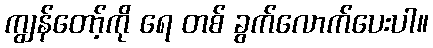
ကျွန်တော့်ကို ရေ တစ် ခွက်လောက်ပေးပါ။